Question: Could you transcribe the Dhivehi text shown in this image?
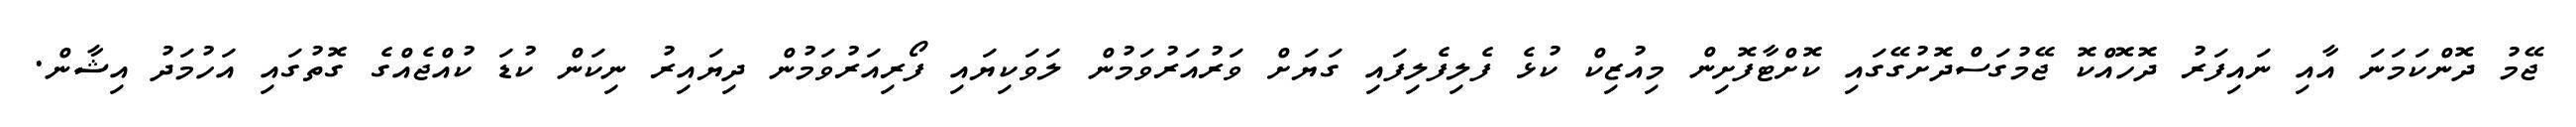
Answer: ޖޭމު ދޮންކަމަނަ އާއި ނައިފަރު ދޮހޮއްކޮ ޖޭމުގަސްދޮށުގޭގައި ކޮށްޓާފޮށިން މިއުޒިކް ކުޅެ ފެލިފެލިފައި ގަޔަށް ވަރުއަރުވަމުން ލަވަކިޔައި ފޯރިއަރުވަމުން ދިޔައިރު ނިކަން ކުޑަ ކުއްޖެއްގެ ގޮތުގައި އަހުމަދު އިޝާން.